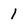
Character: 1